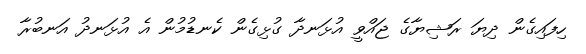
ހިފައިގެން ދިޔަ ރަޝިޔާގެ ޖައްވީ އުޅަނދާ ގުޅިގެން ކެނޑުމުން އެ އުޅަނދު އަނބުރާ